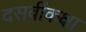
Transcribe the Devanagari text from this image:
दसवींकक्षा